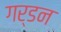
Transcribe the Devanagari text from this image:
गर्डन